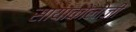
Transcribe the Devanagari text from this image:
सायाकोलोजी